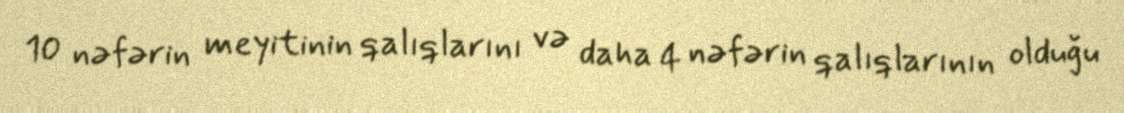
10 nəfərin meyitinin qalıqlarını və daha 4 nəfərin qalıqlarının olduğu